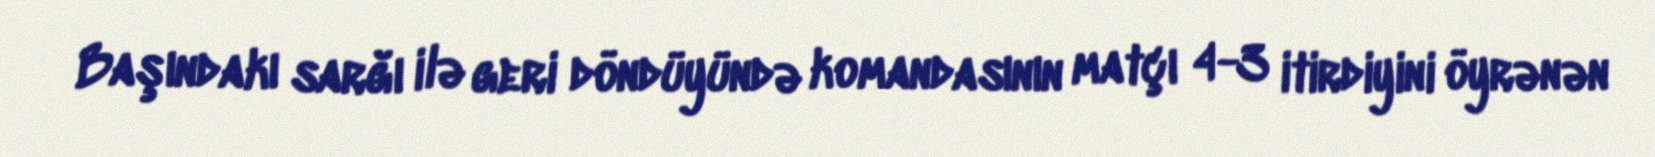
Başındakı sarğı ilə geri döndüyündə komandasının matçı 4-3 itirdiyini öyrənən